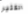
الكثير